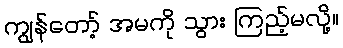
ကျွန်တော့် အမကို သွား ကြည့်မလို့။